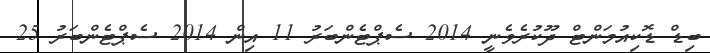
ބިޑް ޑޮކިއުމަންޓް ދޫކުރެވެނީ 2014 ސެޕްޓެންބަރު 11 އިން 2014 ސެޕްޓެންބަރު 25